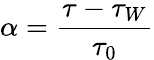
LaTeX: \alpha=\frac{\tau-\tau_{W}}{\tau_{0}}